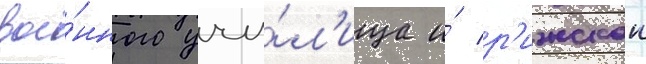
вое́нного учи́л'ища и́ р'ижскои